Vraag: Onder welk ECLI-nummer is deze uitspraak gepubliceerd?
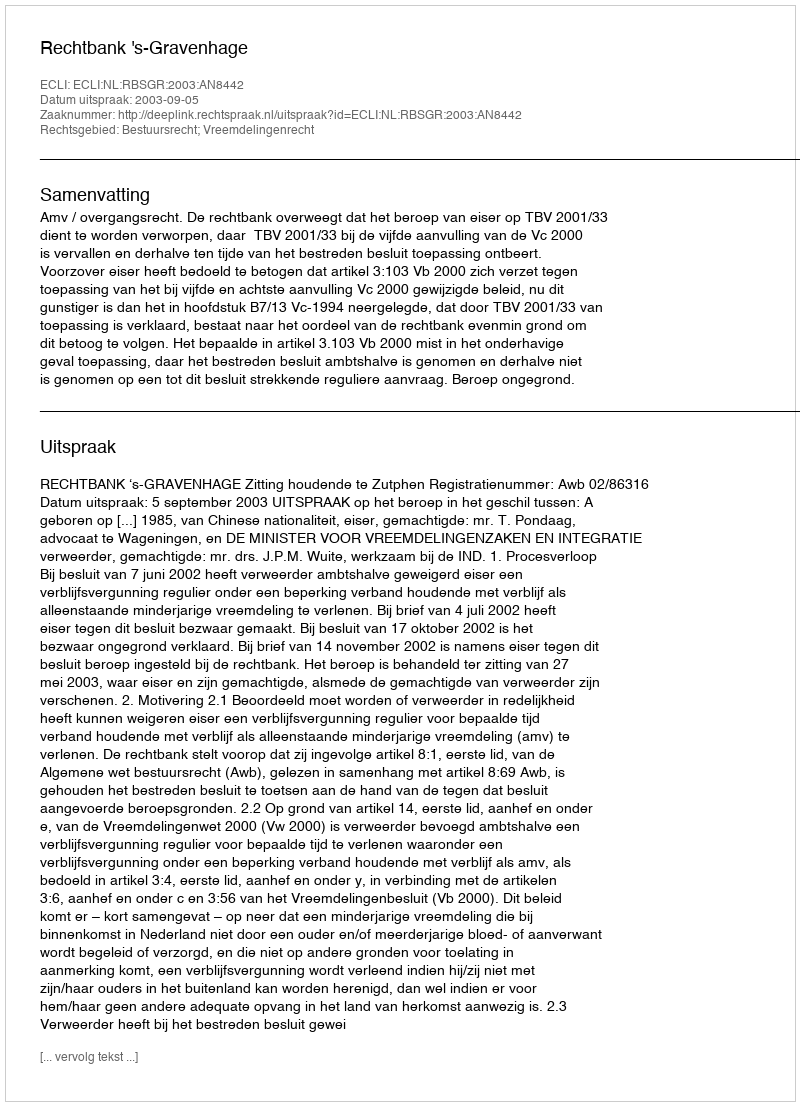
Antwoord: ECLI:NL:RBSGR:2003:AN8442